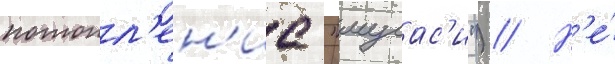
потопл'ен'ие "мусас'и") // Н'е́